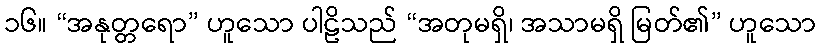
၁၆။ “အနုတ္တရော” ဟူသော ပါဠိသည် “အတုမရှိ၊ အသာမရှိ မြတ်၏” ဟူသော